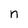
Character: n